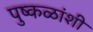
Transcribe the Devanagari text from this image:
पुष्कळांशी